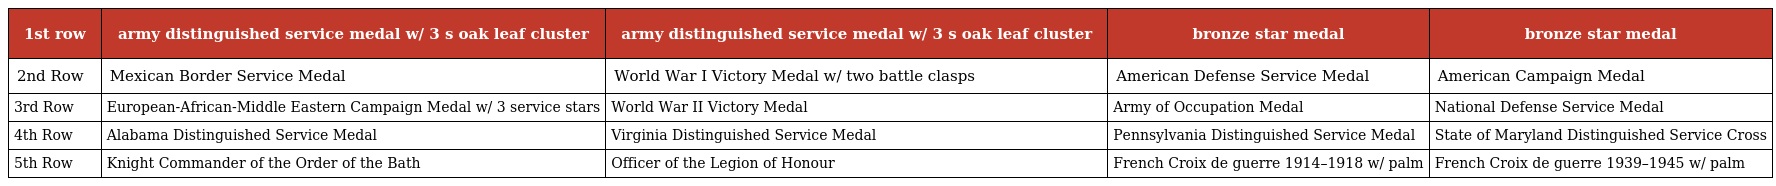
| 1st row | army distinguished service medal w/ 3 s oak leaf cluster | army distinguished service medal w/ 3 s oak leaf cluster | bronze star medal | bronze star medal |
 | --- | --- | --- | --- | --- |
 | 2nd Row | Mexican Border Service Medal | World War I Victory Medal w/ two battle clasps | American Defense Service Medal | American Campaign Medal |
 | 3rd Row | European-African-Middle Eastern Campaign Medal w/ 3 service stars | World War II Victory Medal | Army of Occupation Medal | National Defense Service Medal |
 | 4th Row | Alabama Distinguished Service Medal | Virginia Distinguished Service Medal | Pennsylvania Distinguished Service Medal | State of Maryland Distinguished Service Cross |
 | 5th Row | Knight Commander of the Order of the Bath | Officer of the Legion of Honour | French Croix de guerre 1914–1918 w/ palm | French Croix de guerre 1939–1945 w/ palm |